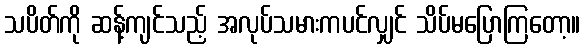
သပိတ်ကို ဆန့်ကျင်သည့် အလုပ်သမားကပင်လျှင် သိပ်မပြောကြတော့။